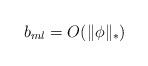
LaTeX: \begin{align*}b_{ml}=O(\Vert \phi\Vert_\ast)\end{align*}